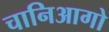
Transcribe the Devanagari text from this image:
चानिआगो